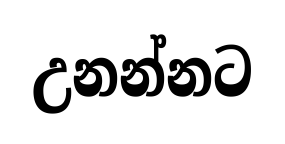
උනන්නට